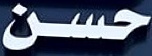
حسن